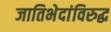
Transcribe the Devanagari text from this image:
जातिभेदांविरुद्ध